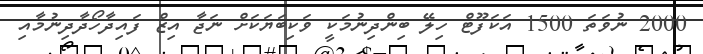
2000 ނުވަތަ 1500 އަކަފޫޓް ހިލޭ ބިންދިނުމަކީ ވަކިބަޔަކަށް ނަޖާ އިޒް ފައިދާހޯދާދިނުމާއި